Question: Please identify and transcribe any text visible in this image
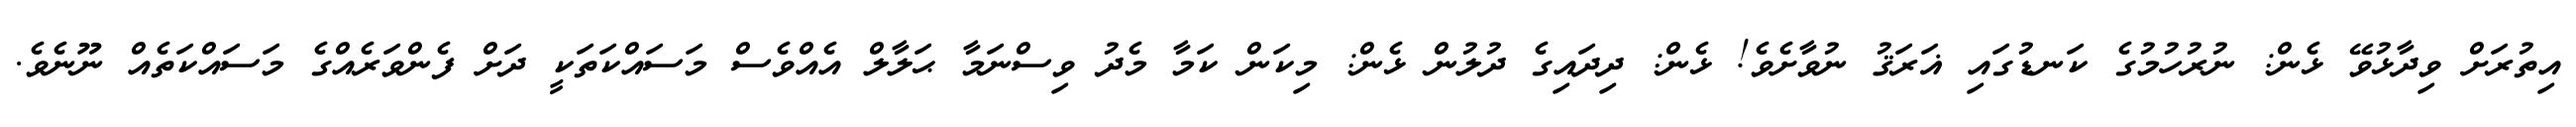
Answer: އިތުރަށް ވިދާޅުވޭ ޅެން: ނުރުހުމުގެ ކަނޑުގައި ޣަރަޤު ނުވާށެވެ! ޅެން: ދިދައިގެ ދުލުން ޅެން: މިކަން ކަމާ މެދު ވިސްނަމާ ޙަލާލް އެއްވެސް މަސައްކަތަކީ ދަށް ފެންވަރެއްގެ މަސައްކަތެއް ނޫނެވެ.